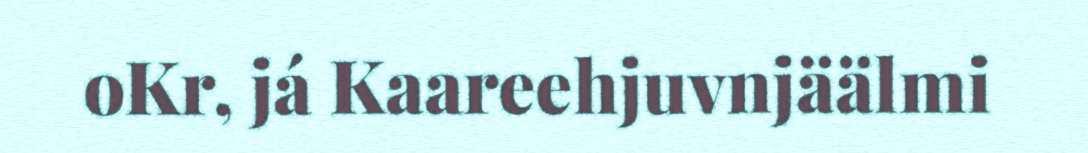
oKr, já Kaareehjuvnjäälmi